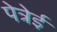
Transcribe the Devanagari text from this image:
पेत्रेई